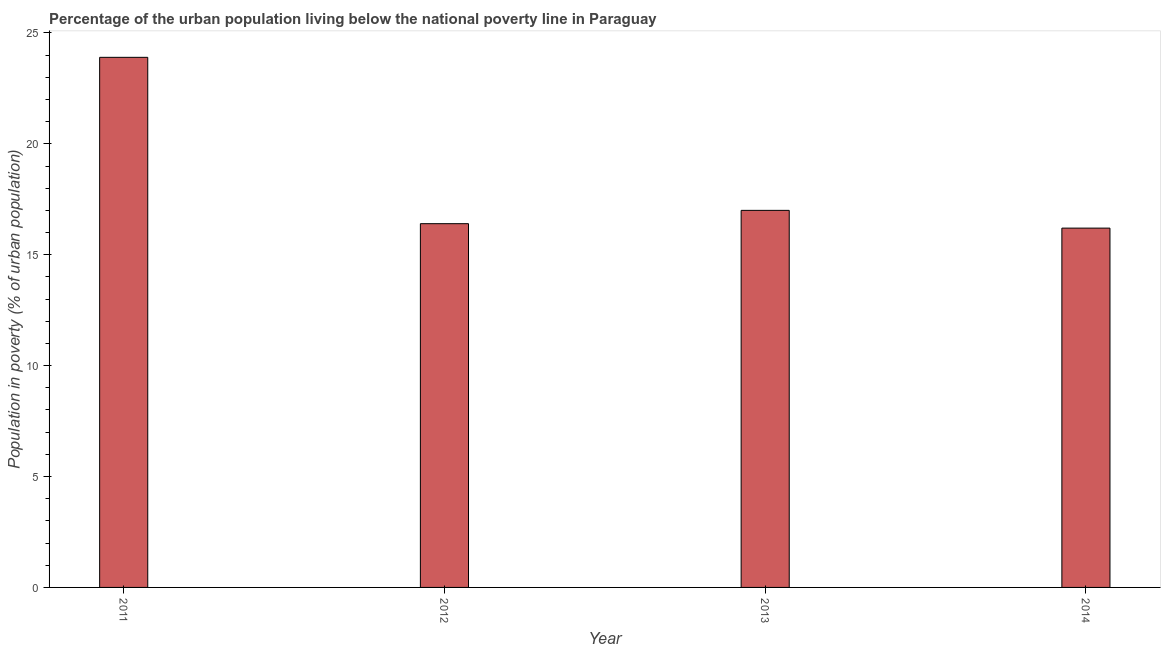
| Year | Urban poverty headcount ratio |
 | --- | --- |
 | 2011 | 23.9 |
 | 2012 | 16.4 |
 | 2013 | 17 |
 | 2014 | 16.2 |